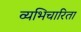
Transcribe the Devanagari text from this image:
व्यभिचारिता